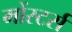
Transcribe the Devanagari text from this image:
मोंस्टर्स